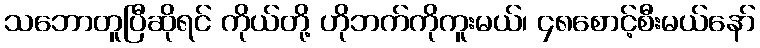
သဘောတူပြီဆိုရင် ကိုယ်တို့ ဟိုဘက်ကိုကူးမယ်၊ ၄၈စောင့်စီးမယ်နော်